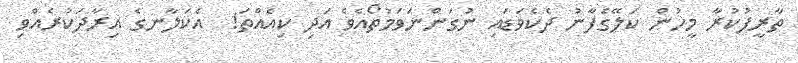
ތާރީފުކުރާ މީހުން ކަލޭގެފާނު ދެކެވަޑައި ނުގަންނަވަމުތޯއެވެ އަދި ކިއެއްތަ!  އެކަލާނގެ އިރާދަކުރެއްވި